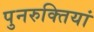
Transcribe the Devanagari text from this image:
पुनरुक्तियां